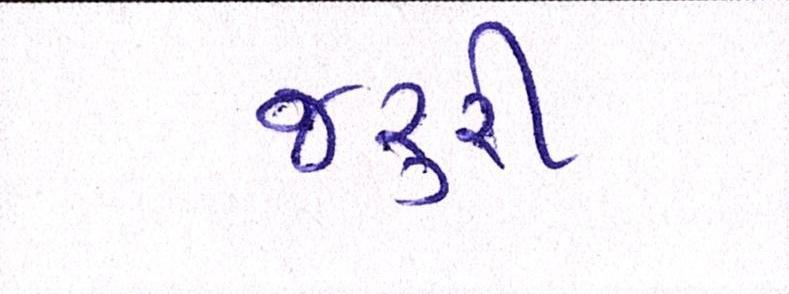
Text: જરૃરી